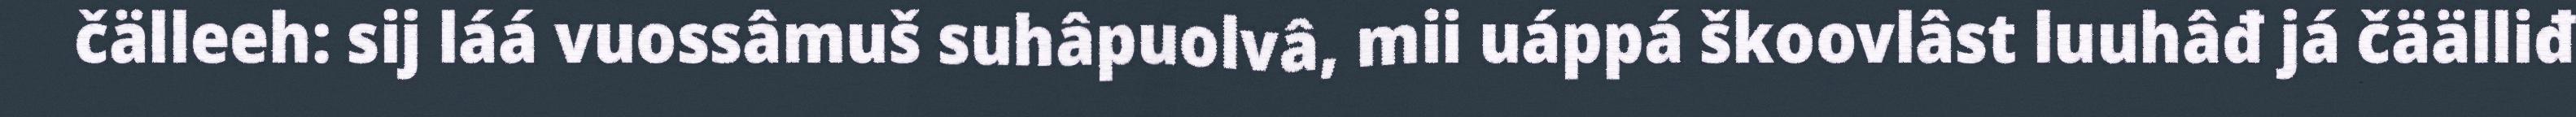
čälleeh: sij láá vuossâmuš suhâpuolvâ, mii uáppá škoovlâst luuhâđ já čäälliđ